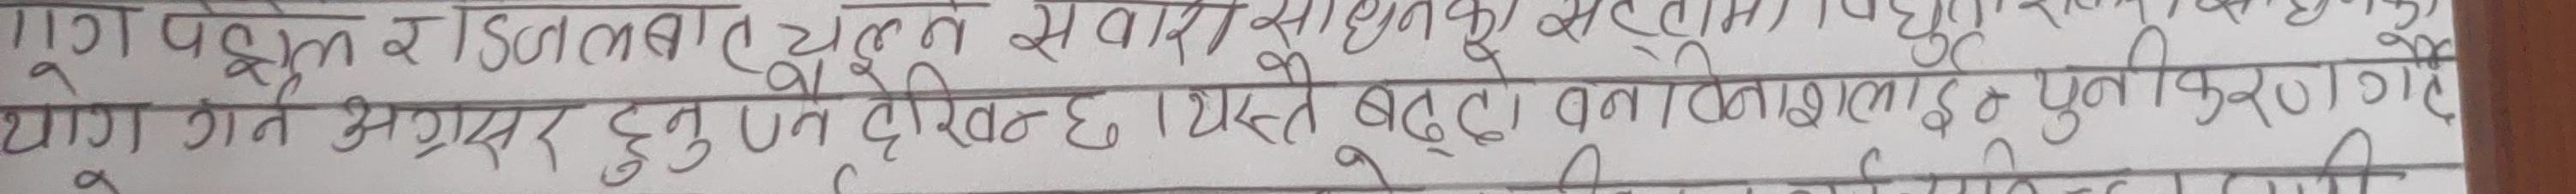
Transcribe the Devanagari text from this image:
गण पहल र डिएल बात, त्यस सवाए, साधुकु, सटोक, (ये) पहला
त्यांग गत अनुसार हुनुपर्ने देखिन्छ। यसैले बद्‌ला, बनाइशाला, पुस्तक किरण